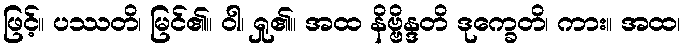
ဖြင့်။ ပဿတိ၊ မြင်၏။ ဝါ၊ ရှု၏။ အထ နိဗ္ဗိန္ဒတိ ဒုက္ခေတိ၊ ကား။ အထ၊